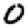
Digit: 0